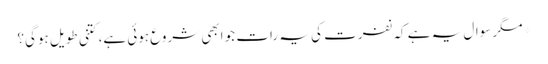
*مگر سوال یہ ہے کہ نفرت کی یہ رات جو ابھی شروع ہوئی ہے، کتنی طویل ہوگی؟